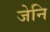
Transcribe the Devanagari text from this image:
जेनि